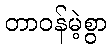
တာဝန်မဲ့စွာ